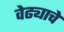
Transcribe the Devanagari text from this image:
वेढ्याचे